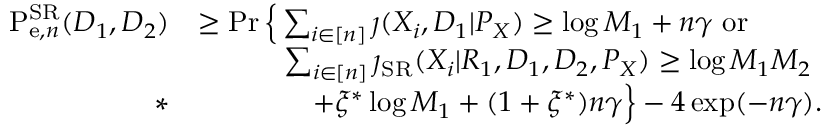
\begin{array} { r l } { \mathrm { P } _ { \mathrm { e } , n } ^ { \mathrm { { S R } } } ( D _ { 1 } , D _ { 2 } ) } & { \geq \operatorname* { P r } \Big \{ \sum _ { i \in [ n ] } \jmath ( X _ { i } , D _ { 1 } | P _ { X } ) \geq \log M _ { 1 } + n \gamma ~ \mathrm { o r } } \\ & { \qquad \quad \sum _ { i \in [ n ] } \jmath _ { \mathrm { S R } } ( X _ { i } | R _ { 1 } , D _ { 1 } , D _ { 2 } , P _ { X } ) \geq \log M _ { 1 } M _ { 2 } } \\ { * } & { \qquad \qquad + \xi ^ { * } \log M _ { 1 } + ( 1 + \xi ^ { * } ) n \gamma \Big \} - 4 \exp ( - n \gamma ) . } \end{array}